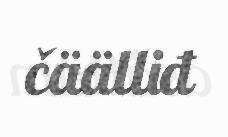
čäälliđ